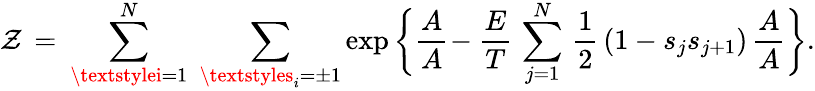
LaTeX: \mathcal{Z}\, =\: \sum_{\textstylei=1}^{N}\; \sum_{\textstyles_{i}=\pm1}\exp\left\lbrace\vphantom{}{{\frac{{A}}{{A}}}}\right.\! -\frac{{E}}{{T}}\, \sum_{j=1}^{N}\, \frac{{1}}{{2}}\, (1-s_{j}s_{j+1})\left.\vphantom{}{{\frac{{A}}{{A}}}}\right\rbrace.